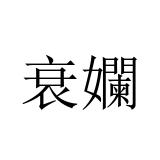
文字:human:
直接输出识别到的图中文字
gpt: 衰孄